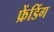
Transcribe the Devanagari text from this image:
फ्रेंडिंग